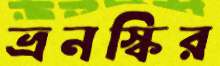
ভ্রনস্কির